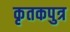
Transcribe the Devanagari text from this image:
कृतकपुत्र